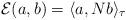
LaTeX: \begin{gather*}{\mathcal E}(a, b)=\langle a, N b\rangle_\tau\end{gather*}